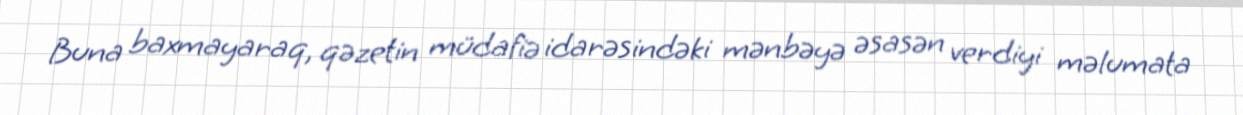
Buna baxmayaraq, qəzetin müdafiə idarəsindəki mənbəyə əsasən verdiyi məlumata